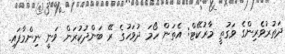
ދަތުރުވެރިންގެ ވަގުތީ މާރުކޭޓް: އެތަން ހޯމަ ދުވަހުގެ ރޭ ބަންދުކުރަން ވަނީ ނިންމާފައި.